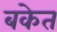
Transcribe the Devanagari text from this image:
बकेत